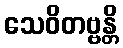
သေဝိတဗ္ဗန္တိ